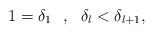
LaTeX: \begin{align*}1 = \delta_{1} \ \ , \ \ \delta_{l} < \delta_{l+1}, \end{align*}